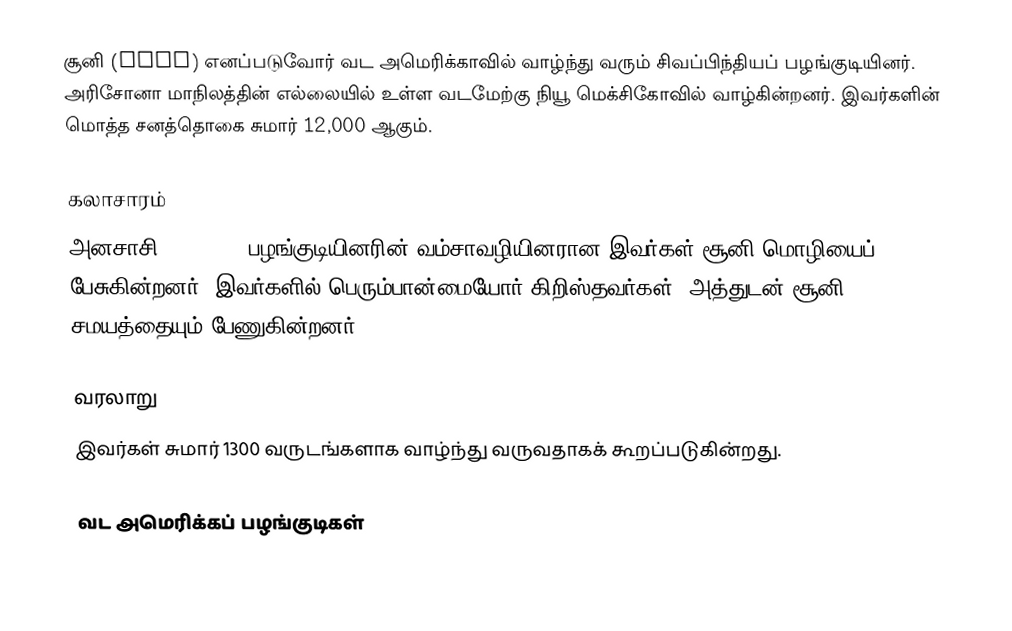
சூனி (zuni) எனப்படுவோர் வட அமெரிக்காவில் வாழ்ந்து வரும் சிவப்பிந்தியப் பழங்குடியினர். அரிசோனா மாநிலத்தின் எல்லையில் உள்ள வடமேற்கு நியூ மெக்சிகோவில் வாழ்கின்றனர். இவர்களின் மொத்த சனத்தொகை சுமார் 12,000 ஆகும்.

கலாசாரம்
அனசாசி (Anasasi) பழங்குடியினரின் வம்சாவழியினரான இவர்கள் சூனி மொழியைப் பேசுகின்றனர். இவர்களில் பெரும்பான்மையோர் கிறிஸ்தவர்கள். அத்துடன் சூனி சமயத்தையும் பேணுகின்றனர்.

வரலாறு
இவர்கள் சுமார் 1300 வருடங்களாக வாழ்ந்து வருவதாகக் கூறப்படுகின்றது.

வட அமெரிக்கப் பழங்குடிகள்